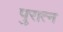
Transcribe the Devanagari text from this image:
पुरात्न